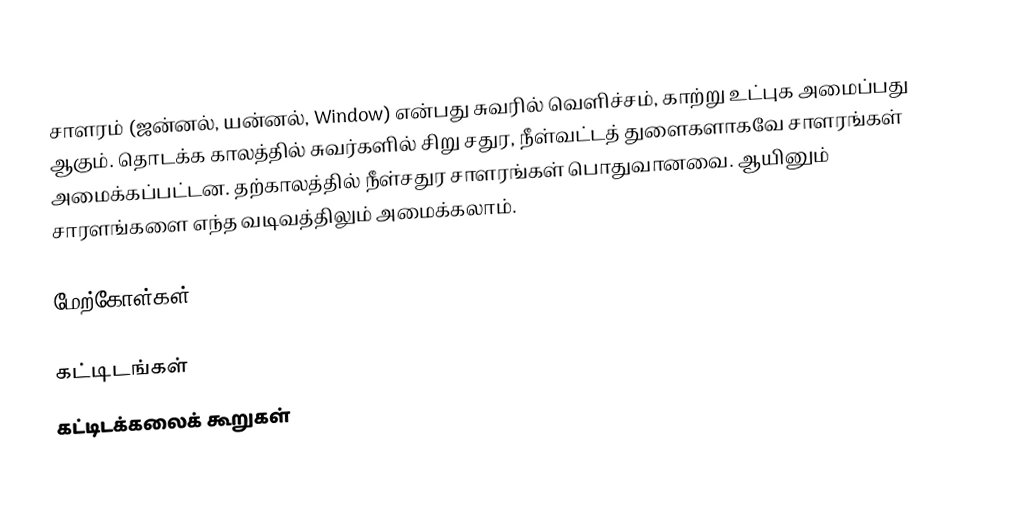
சாளரம் (ஜன்னல், யன்னல், Window) என்பது சுவரில் வெளிச்சம், காற்று உட்புக அமைப்பது ஆகும். தொடக்க காலத்தில் சுவர்களில் சிறு சதுர, நீள்வட்டத் துளைகளாகவே சாளரங்கள் அமைக்கப்பட்டன. தற்காலத்தில் நீள்சதுர சாளரங்கள் பொதுவானவை. ஆயினும் சாரளங்களை எந்த வடிவத்திலும் அமைக்கலாம்.

மேற்கோள்கள்

கட்டிடங்கள்
கட்டிடக்கலைக் கூறுகள்